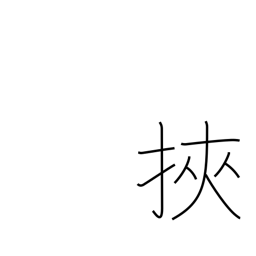
Meaning: get caught